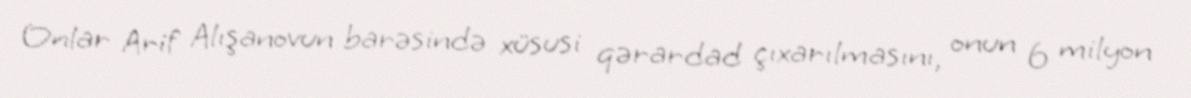
Onlar Arif Alışanovun barəsində xüsusi qərardad çıxarılmasını, onun 6 milyon